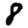
Digit: 8